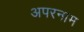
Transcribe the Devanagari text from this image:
अपरनाम